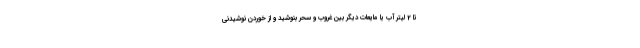
تا 2 لیتر آب یا مایعات دیگر بین غروب و سحر بنوشید و از خوردن نوشیدنی